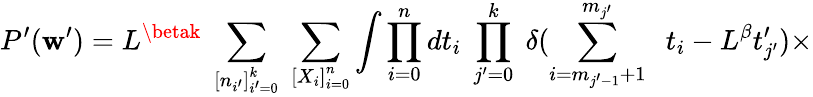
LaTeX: P^{\prime}(\mathbf{w}^{\prime})=L^{\betak}\; \sum_{\left[n_{i^{\prime}}\right]_{i^{\prime}=0}^{k}}\; \sum_{\left[X_{i}\right]_{i=0}^{n}}\int\prod_{i=0}^{n}dt_{i}\; \prod_{j^{\prime}=0}^{k}\; \delta(\sum_{{i}=m_{j^{\prime}-1}+1}^{m_{j^{\prime}}}\; \; t_{i}-L^{\beta}t_{j^{\prime}}^{\prime})\times